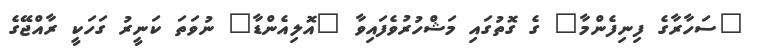
"ސަހާރާގެ ފިނިފެންމާ" ގެ ގޮތުގައި މަޝްހުރުވެފައިވާ "އޮލިއެންޑާ" ނުވަތަ ކަނީރު ގަހަކީ ރާއްޖޭގެ